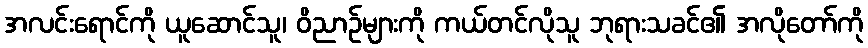
အလင်းရောင်ကို ယူဆောင်သူ၊ ဝိညာဉ်များကို ကယ်တင်လိုသူ ဘုရားသခင်၏ အလိုတော်ကို